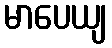
မာပေယျ